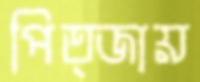
পিত্জায়